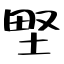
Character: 𡌛